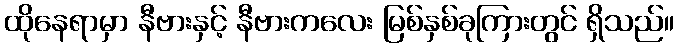
ထိုနေရာမှာ နီဗားနှင့် နီဗားကလေး မြစ်နှစ်ခုကြားတွင် ရှိသည်။